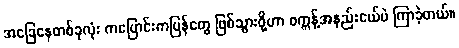
အခြေနေတစ်ခုလုံး ကပြောင်းကပြန်တွေ ဖြစ်သွားဖို့ဟာ စက္ကန့်အနည်းငယ်ပဲ ကြာခဲ့တယ်။